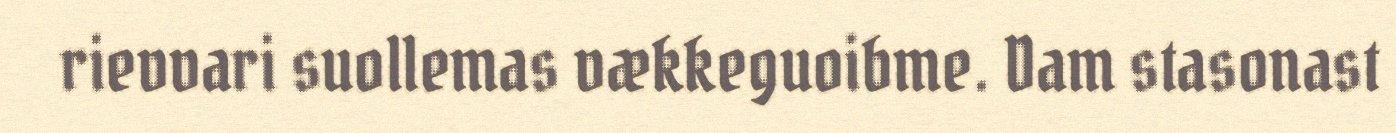
rievvari suollemas vækkeguoibme. Dam stasonast